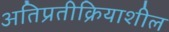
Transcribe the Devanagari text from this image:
अतिप्रतीक्रियाशील